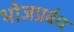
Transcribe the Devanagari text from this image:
भोजप्रर्बध